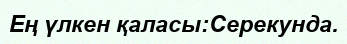
Ең үлкен қаласы:Серекунда.